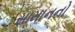
સામાનનો